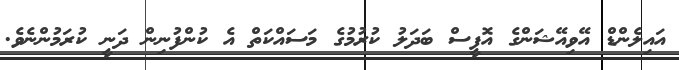
އައިލެންޑް އޭވިއޭޝަންގެ އޮފީސް ބަދަލު ކުރުމުގެ މަސައްކަތް އެ ކުންފުނިން ދަނީ ކުރަމުންނެވެ.